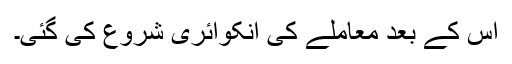
اس کے بعد معاملے کی انکوائری شروع کی گئی۔